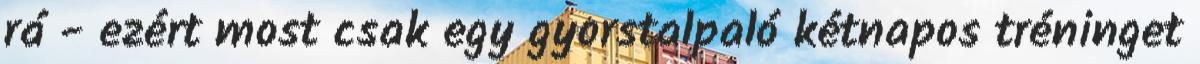
rá - ezért most csak egy gyorstalpaló kétnapos tréninget